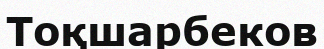
Тоқшарбеков